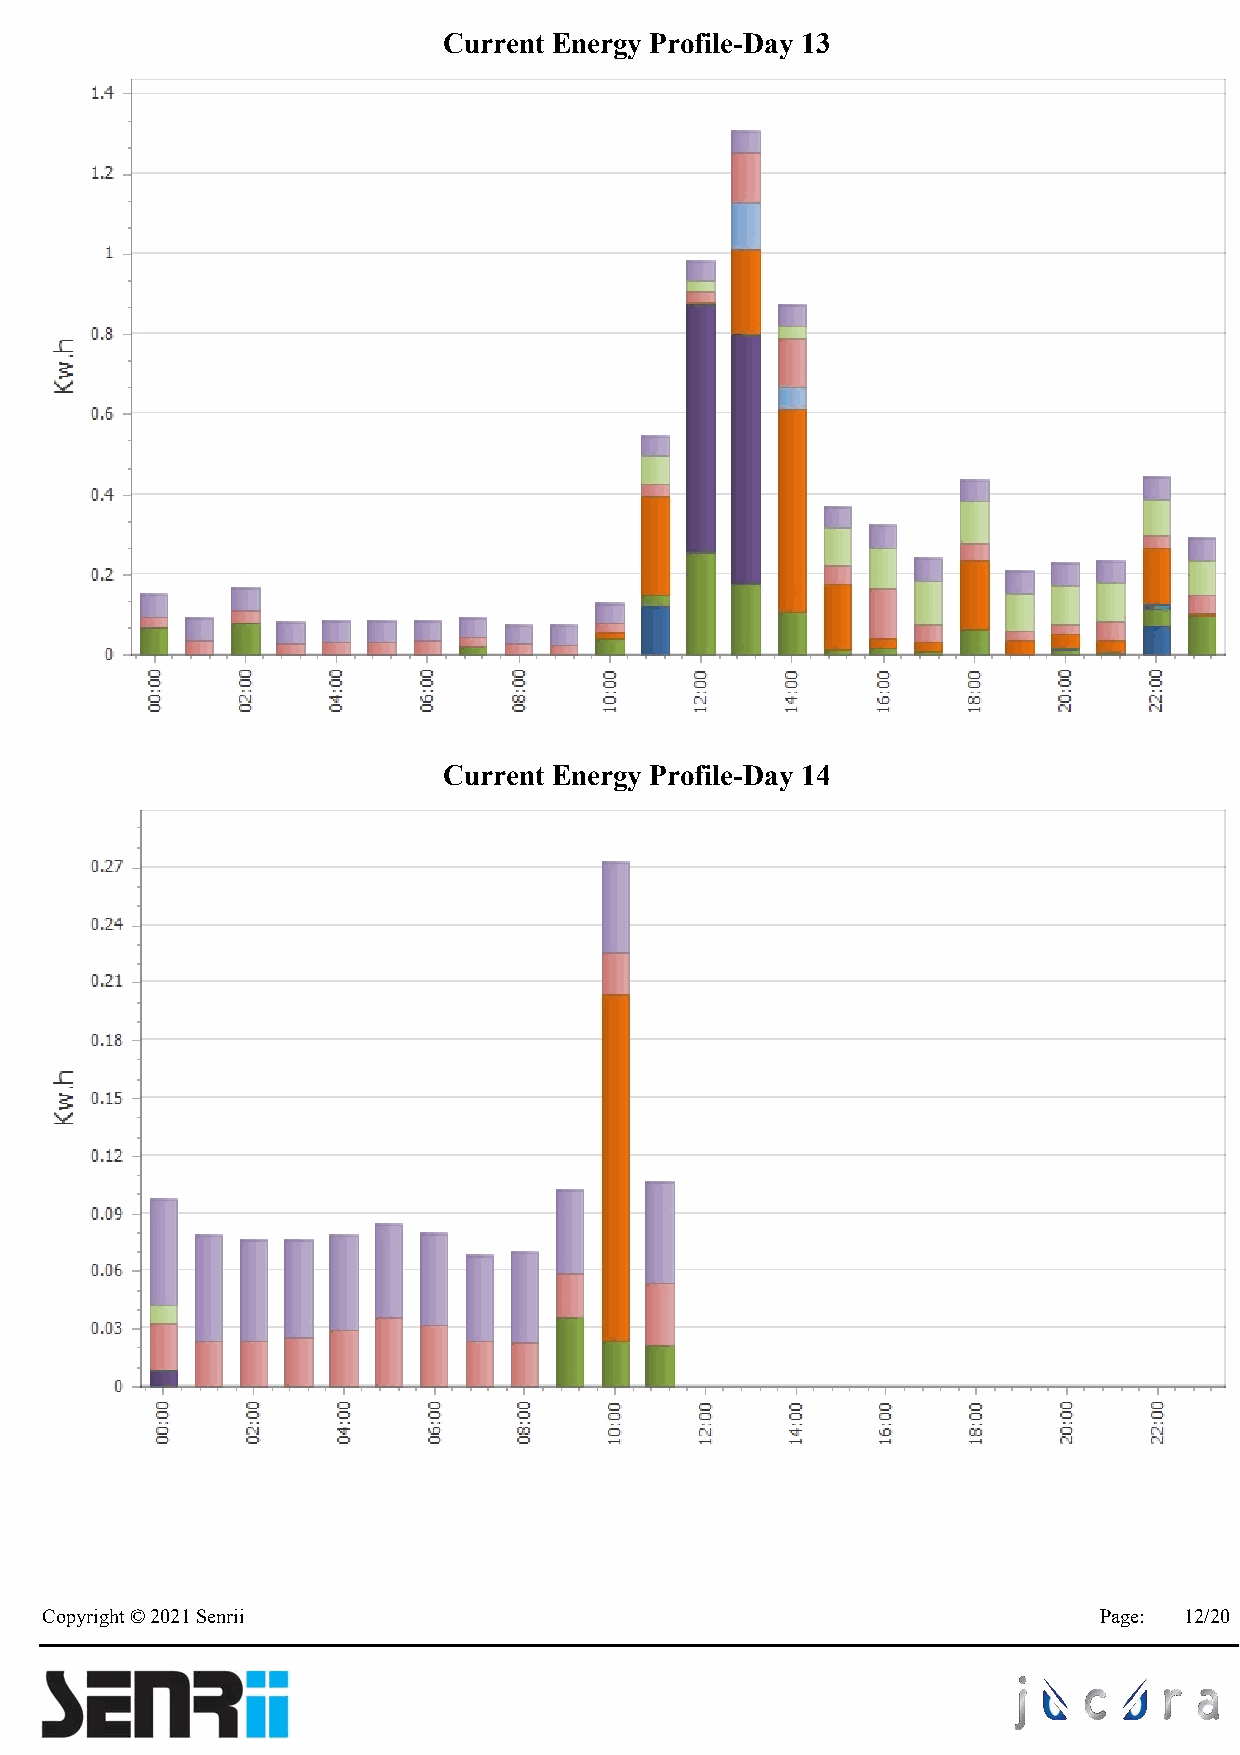
Current Energy Profile-Day 13
 Current Energy Profile-Day 14
 Copyright © 2021 Senrii                                               Page: 12/20